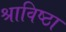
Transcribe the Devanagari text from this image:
श्राविष्ठा